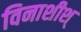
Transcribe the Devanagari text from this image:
विनाशीश्